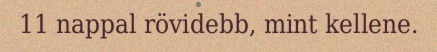
11 nappal rövidebb, mint kellene.